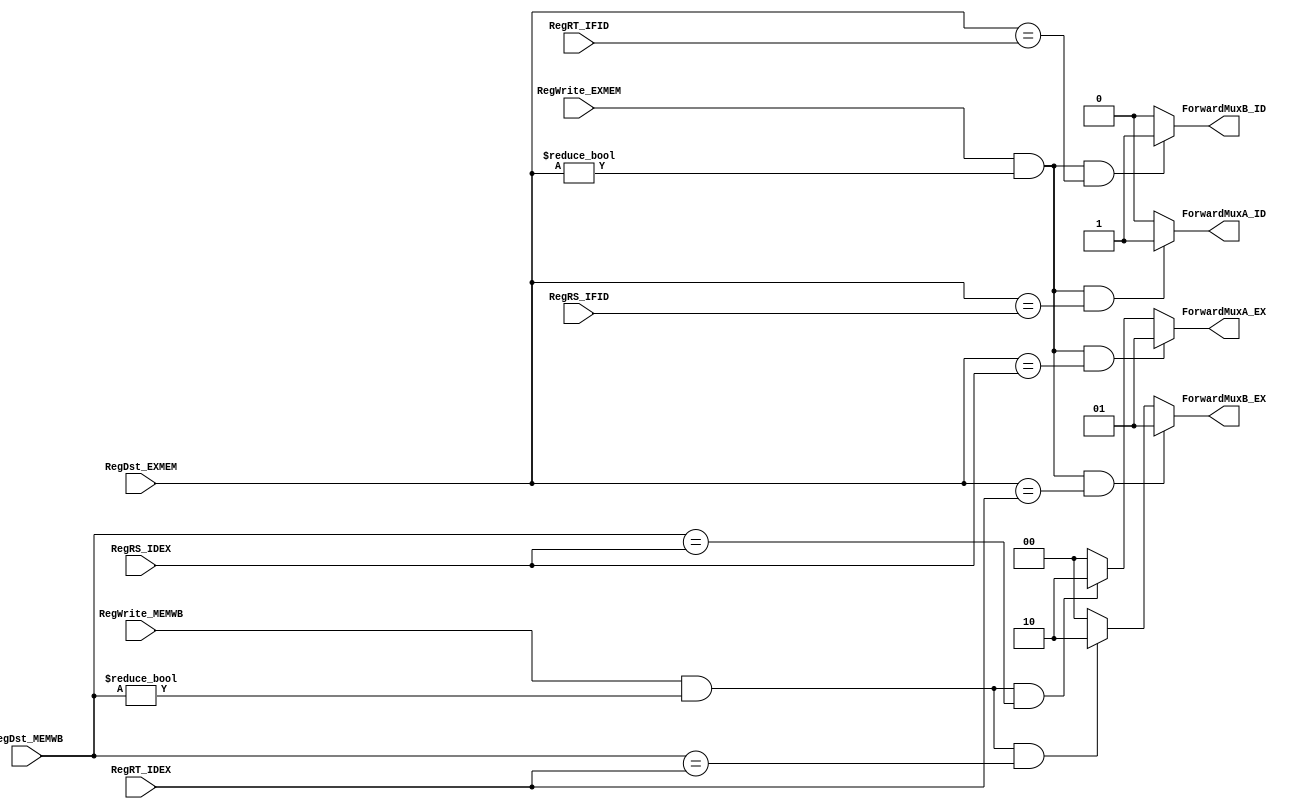
`timescale 1ns / 1ps

////////////////////////////////////////////////////////////////////////////////
// ECE369 - Computer Architecture
// 
// Group Members    : Diego Moscoso, Fausto Sanchez, Jake Summerville
// Percent Effort   : 33.3% - 33.3% - 33.3%
//
// Module           : ForwardingUnit.v
// Description      : This file controls the forwarding unit
////////////////////////////////////////////////////////////////////////////////

module ForwardingUnit(
    
    // --- Inputs ---
    RegWrite_EXMEM, RegWrite_MEMWB,     // RegWrite Control Signals
    RegDst_EXMEM, RegDst_MEMWB,           // RegDst Control Signals
    RegRS_IDEX, RegRT_IDEX,         
    RegRS_IFID, RegRT_IFID,    
    
    // --- Outputs --- 
    ForwardMuxA_EX, ForwardMuxB_EX,           // Forwarding Muxes
    ForwardMuxA_ID, ForwardMuxB_ID);          
    
    //--------------------------------
    // Inputs
    //--------------------------------
    
    input       RegWrite_EXMEM, RegWrite_MEMWB;
    input [4:0] RegDst_EXMEM, RegDst_MEMWB;
    input [4:0] RegRS_IDEX, RegRT_IDEX;
    input [4:0] RegRS_IFID, RegRT_IFID;
    
    //--------------------------------
    // Outputs
    //--------------------------------
    
    output reg [1:0] ForwardMuxA_EX, ForwardMuxB_EX;
    output reg ForwardMuxA_ID, ForwardMuxB_ID;
    
    //--------------------------------
    // Forwarding Logic
    //--------------------------------
    
    initial begin
        ForwardMuxA_ID <= 1'b0;
        ForwardMuxB_ID <= 1'b0;
        ForwardMuxA_EX <= 2'b00;
        ForwardMuxB_EX <= 2'b00;
    end
    
    always @ (*) begin
        
        //-----------------
        // Forwarding - ID
        //-----------------
        
        // ForwardMuxA
        if ((RegWrite_EXMEM && (RegDst_EXMEM != 0)) && (RegDst_EXMEM == RegRS_IFID))      ForwardMuxA_ID <= 1'd1;
        else ForwardMuxA_ID <= 1'd0;
        
        // ForwardMuxB
        if ((RegWrite_EXMEM && (RegDst_EXMEM != 0)) && (RegDst_EXMEM == RegRT_IFID))      ForwardMuxB_ID <= 1'd1;
        else ForwardMuxB_ID <= 1'd0;
        
        //-----------------
        // Forwarding - EX
        //-----------------
        
        // ForwardMuxA
        if ((RegWrite_EXMEM && (RegDst_EXMEM != 0)) && (RegDst_EXMEM == RegRS_IDEX))      ForwardMuxA_EX <= 2'd1;
        else if ((RegWrite_MEMWB && (RegDst_MEMWB != 0)) && (RegDst_MEMWB == RegRS_IDEX)) ForwardMuxA_EX <= 2'd2;
        else ForwardMuxA_EX <= 2'b00;
    
        // ForwardMuxB
        if ((RegWrite_EXMEM && (RegDst_EXMEM != 0)) && (RegDst_EXMEM == RegRT_IDEX))      ForwardMuxB_EX <= 2'd1;
        else if ((RegWrite_MEMWB && (RegDst_MEMWB != 0)) && (RegDst_MEMWB == RegRT_IDEX)) ForwardMuxB_EX <= 2'd2;
        else ForwardMuxB_EX <= 2'b00;
     
    end
    
endmodule